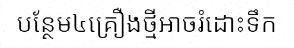
បន្ថែម៤គ្រឿងថ្មីអាចរំដោះទឹក